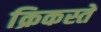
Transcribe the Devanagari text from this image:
क्रिकस्तें